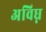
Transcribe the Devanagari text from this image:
अविघ्न